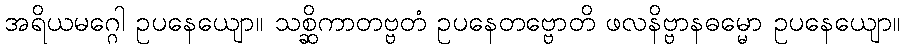
အရိယမဂ္ဂေါ ဥပနေယျော။ သစ္ဆိကာတဗ္ဗတံ ဥပနေတဗ္ဗောတိ ဖလနိဗ္ဗာနဓမ္မော ဥပနေယျော။